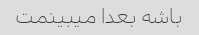
باشه بعدا میبینمت